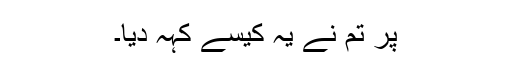
پر تم نے یہ کیسے کہہ دیا۔